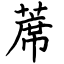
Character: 蓆